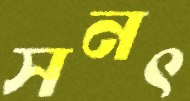
সনৎ